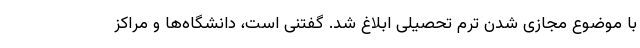
با موضوع مجازی شدن ترم تحصیلی ابلاغ شد. گفتنی است، دانشگاه‌ها و مراکز